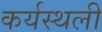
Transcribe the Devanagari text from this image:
कर्यस्थली